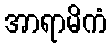
အာရာမိကံ